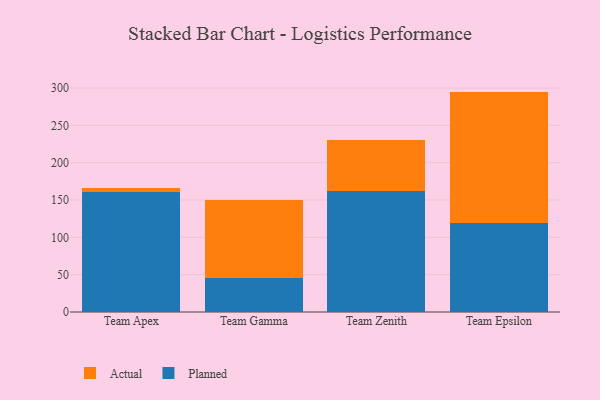
{"axis": {"x": "Team", "y": "Page Views"}, "legend": ["Actual", "Planned"], "data": [{"x": "Team Apex", "y": 161.1, "type": "Planned"}, {"x": "Team Apex", "y": 5.3, "type": "Actual"}, {"x": "Team Gamma", "y": 45.5, "type": "Planned"}, {"x": "Team Gamma", "y": 104.4, "type": "Actual"}, {"x": "Team Zenith", "y": 161.7, "type": "Planned"}, {"x": "Team Zenith", "y": 68.1, "type": "Actual"}, {"x": "Team Epsilon", "y": 119.5, "type": "Planned"}, {"x": "Team Epsilon", "y": 175.7, "type": "Actual"}]}